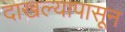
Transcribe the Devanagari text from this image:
दाखल्यापासून